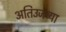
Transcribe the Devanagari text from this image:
अतिउजव्या